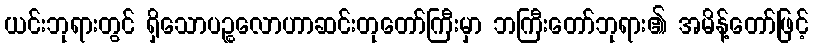
ယင်းဘုရားတွင် ရှိသောပဉ္စလောဟာဆင်းတုတော်ကြီးမှာ ဘကြီးတော်ဘုရား၏ အမိန့်တော်ဖြင့်